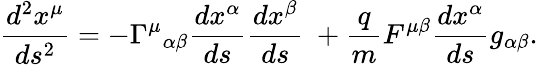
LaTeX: {\frac{d^{2}x^{\mu}}{ds^{2}}}=-\Gamma^{\mu}{}_{\alpha\beta}{\frac{dx^{\alpha}}{ds}}{\frac{dx^{\beta}}{ds}}\ +{\frac{q}{m}}{F^{\mu\beta}}{\frac{dx^{\alpha}}{ds}}{g_{\alpha\beta}}.